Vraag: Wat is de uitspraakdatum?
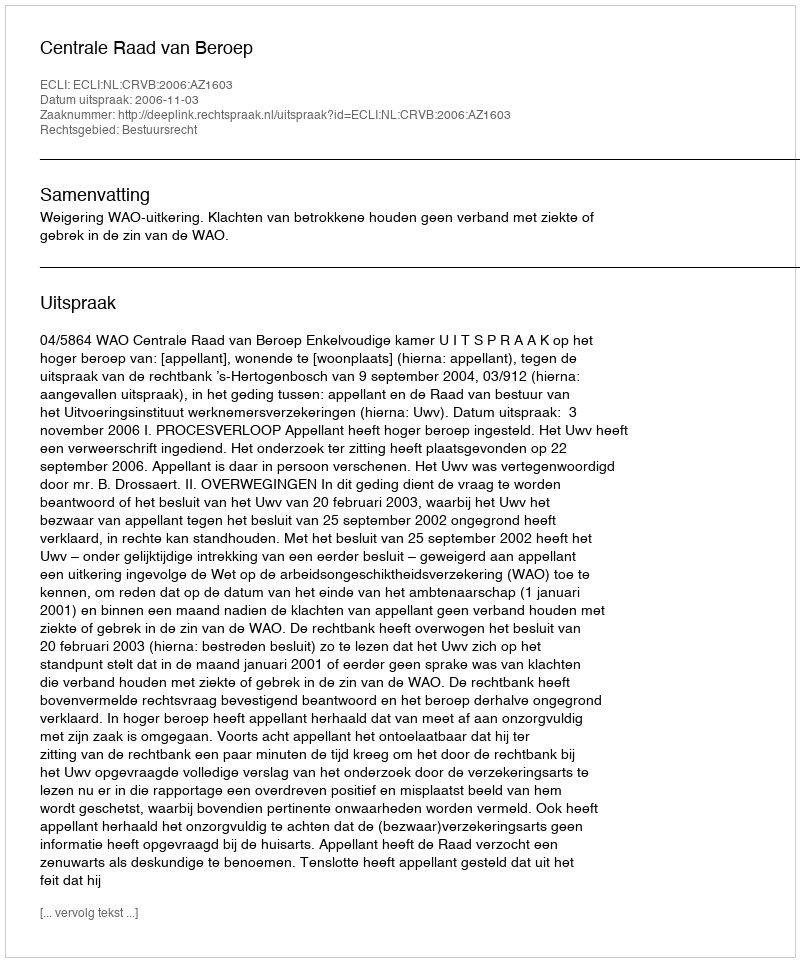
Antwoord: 2006-11-03